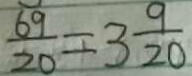
\frac { 6 9 } { 2 0 } = 3 \frac { 9 } { 2 0 }